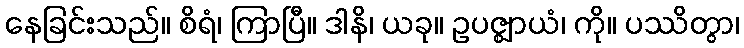
နေခြင်းသည်။ စိရံ၊ ကြာပြီ။ ဒါနိ၊ ယခု။ ဥပဇ္ဈာယံ၊ ကို။ ပဿိတွာ၊